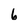
Character: 6